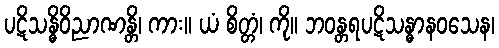
ပဋိသန္ဓိဝိညာဏန္တိ၊ ကား။ ယံ စိတ္တံ၊ ကို။ ဘဝန္တရပဋိသန္ဓာနဝသေန၊